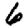
Digit: 6